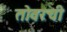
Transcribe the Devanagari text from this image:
तोवरची